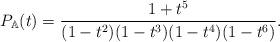
LaTeX: \begin{align*} P_{\mathbb{A}}(t)={{1+t^5}\over{(1-t^2)(1-t^3)(1-t^4)(1-t^6)}}.\end{align*}